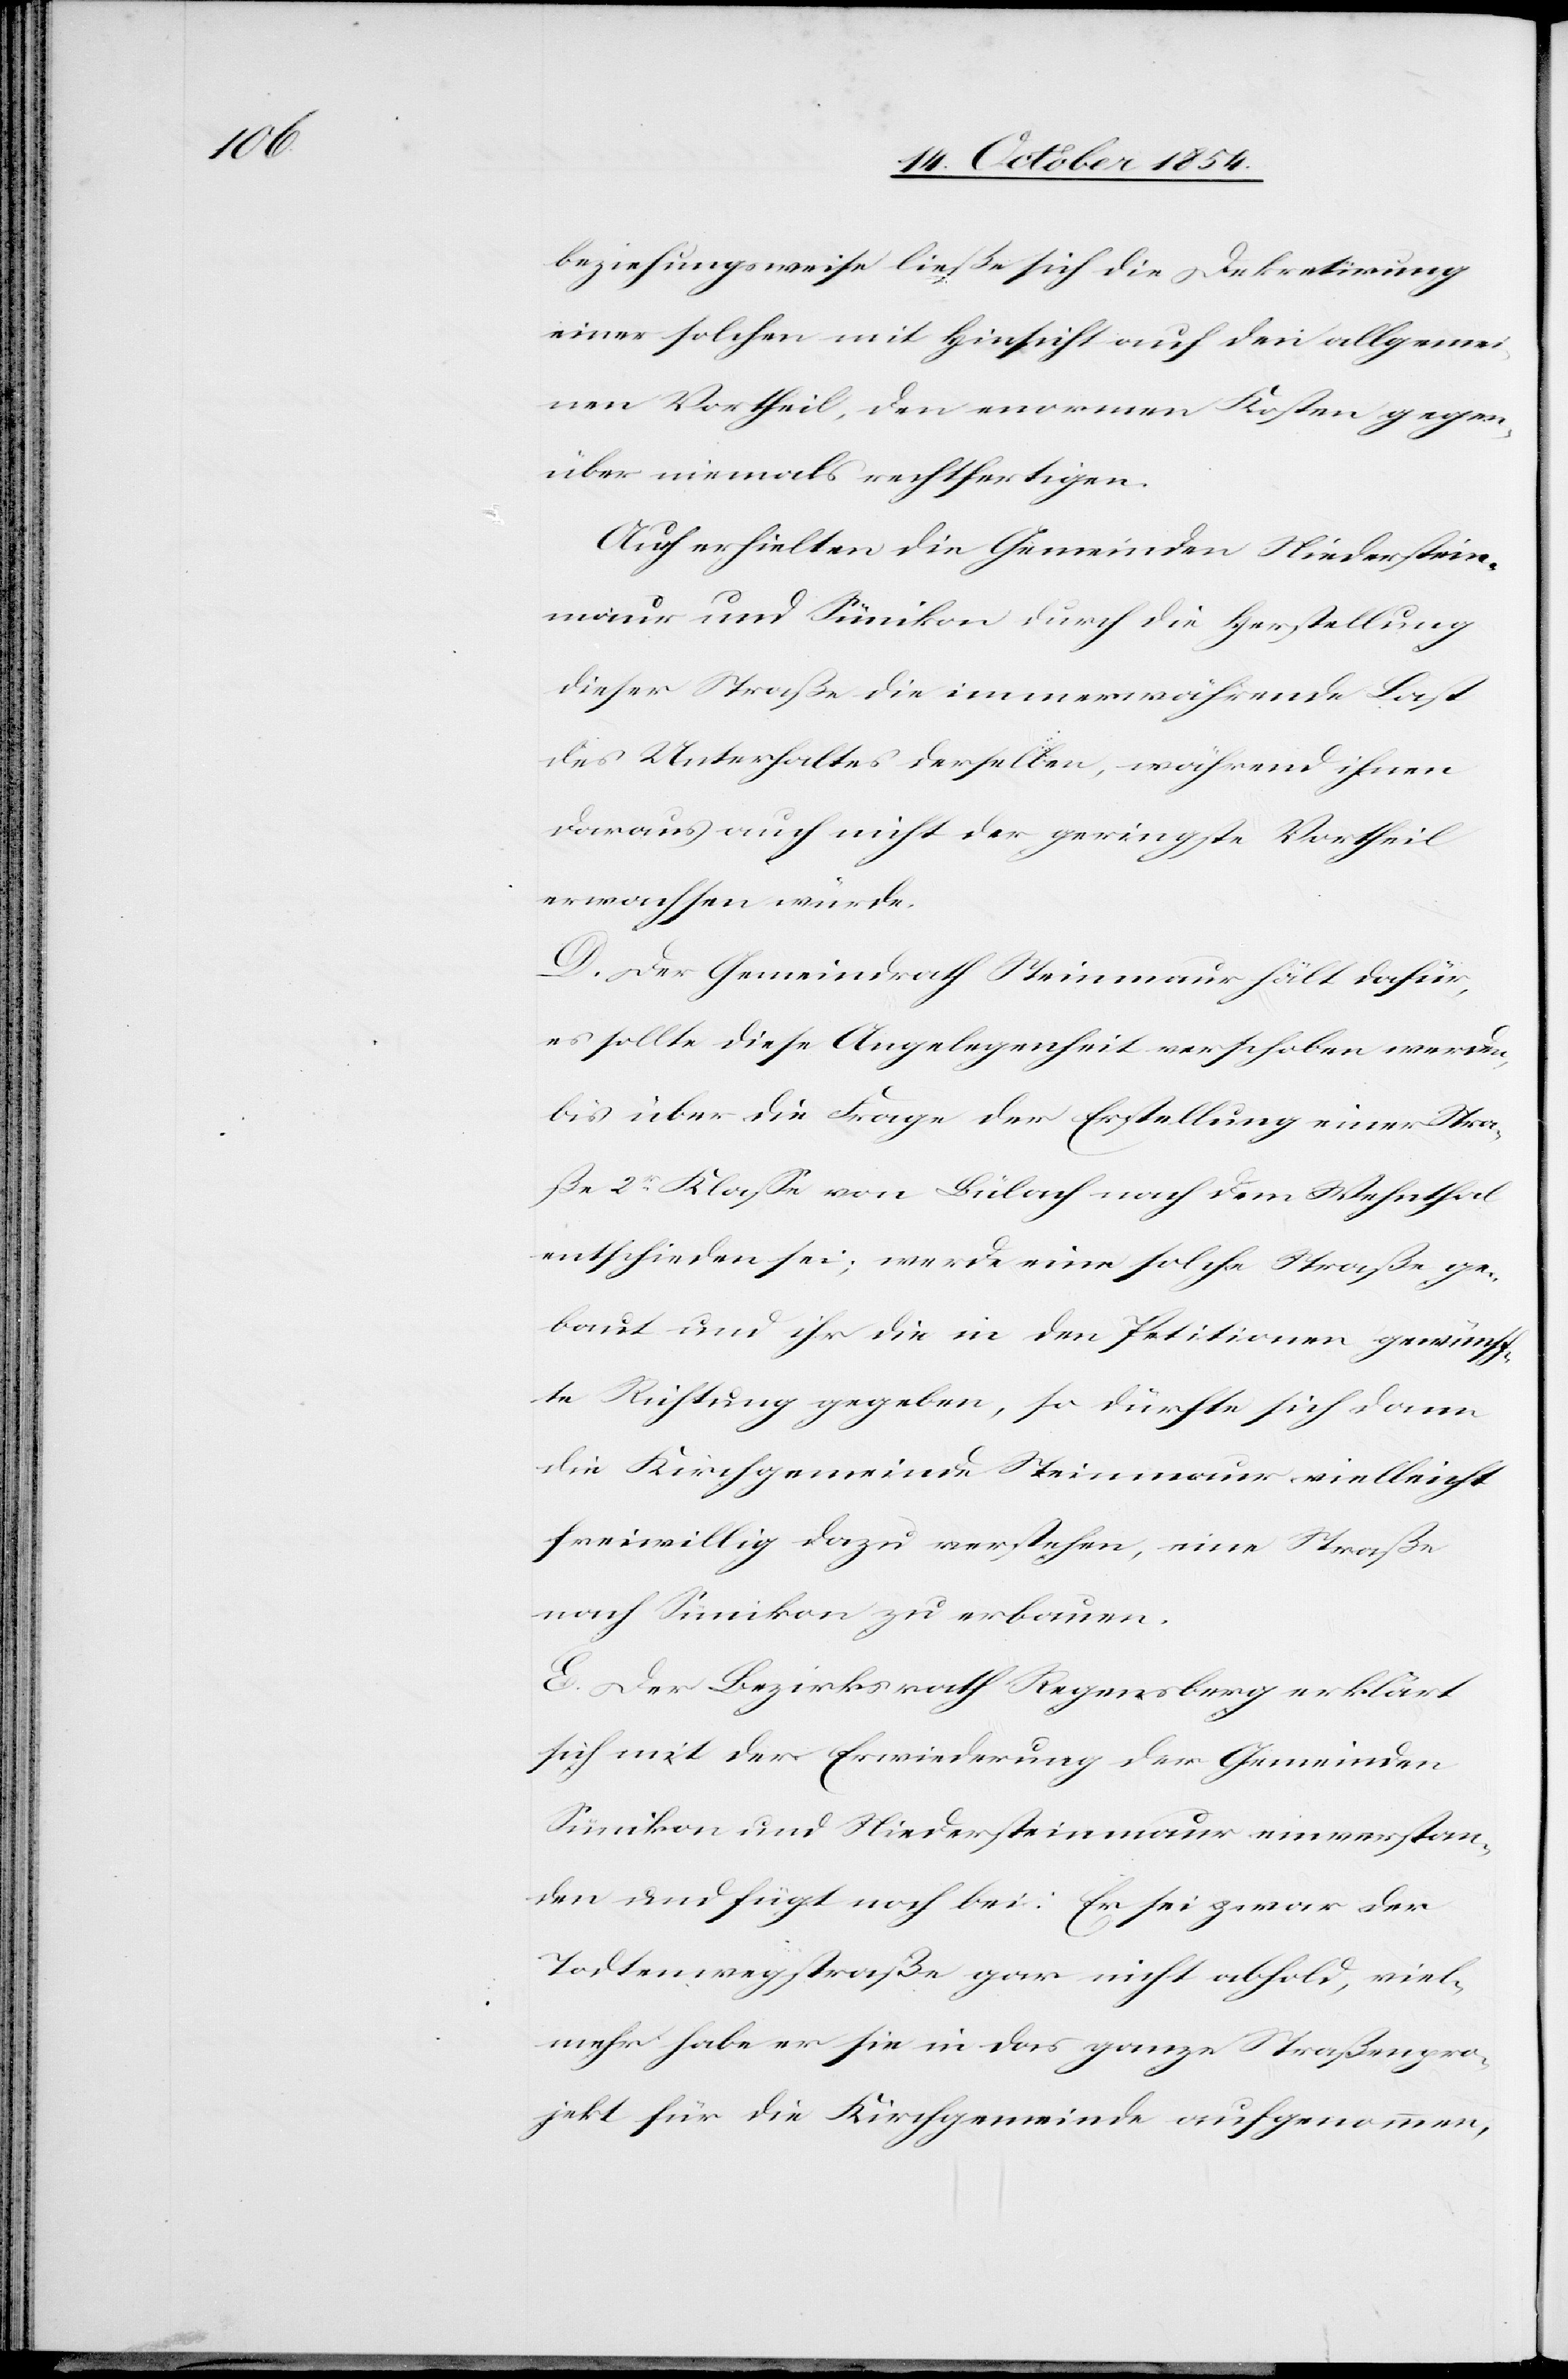
beziehungsweise ließe sich die Dekretirung
einer solchen mit Hinsicht auf den allgemei¬
nen Vortheil, den enormen Kosten gegen¬
über niemals rechtfertigen.
Auch erhielten die Gemeinden Niederstein¬
maur und Sünikon durch die Herstellung
dieser Straße die immerwährende Last
des Unterhaltes derselben, während ihnen
daraus auch nicht der geringste Vortheil
erwachsen würde.
D. Der Gemeindrath Steinmaur hält dafür,
es sollte diese Angelegenheit verschoben werden,
bis über die Frage der Erstellung einer Stra¬
ße 2r Klaße von Bülach nach dem Wehnthal
entschieden sei; werde eine solche Straße ge¬
baut und ihr die in den Petitionen gewünsch¬
te Richtung gegeben, so dürfte sich dann
die Kirchgemeinde Steinmaur vielleicht
freiwillig dazu verstehen, eine Straße
nach Sünikon zu erbauen.
E. Der Bezirksrath Regensberg erklärt
sich mit der Erwiederung der Gemeinden
Sünikon und Niedersteinmaur einverstan¬
den und fügt noch bei: Er sei zwar der
Todtenwegstraße gar nicht abhold, viel¬
mehr habe er sie in das ganze Straßenpro¬
jekt für die Kirchgemeinde aufgenommen,